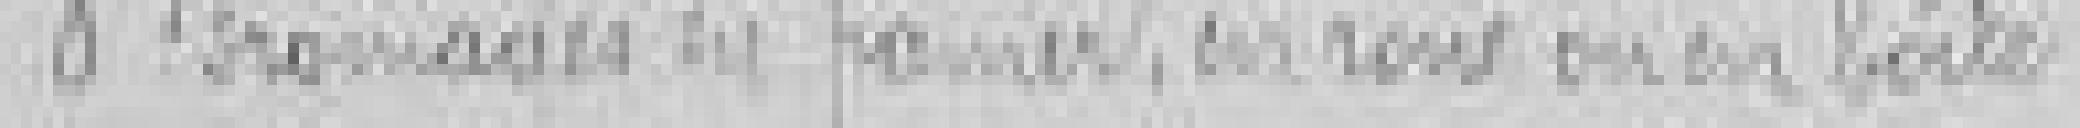
8. Fromage en panier, en roue ou en boîte